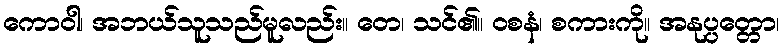
ကောဝါ၊ အဘယ်သူသည်မူလည်း။ တေ၊ သင်၏။ ဝစနံ၊ စကားကို။ အနုပ္ပတ္တော၊